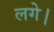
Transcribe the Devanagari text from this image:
लगेे।